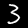
Label: 3